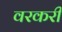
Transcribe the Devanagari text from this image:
वरकरी